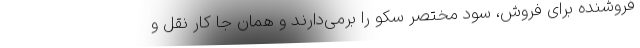
فروشنده برای فروش، سود مختصر سکو را برمی‌دارند و همان جا کار نقل و